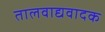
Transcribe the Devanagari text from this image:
तालवाद्यवादक